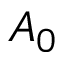
A _ { 0 }